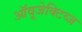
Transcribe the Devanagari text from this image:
ऑवूजेक्टिव्ज